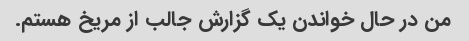
من در حال خواندن یک گزارش جالب از مریخ هستم.